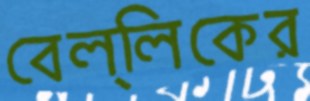
বেল্লিকের